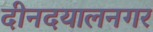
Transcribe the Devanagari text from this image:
दीनदयालनगर